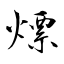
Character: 熛